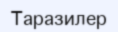
Таразилер